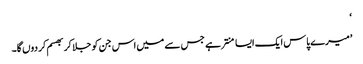
‘
’میرے پاس ایک ایسا منتر ہے جس سے میں اس جن کو جلا کر بھسم کر دوں گا۔